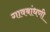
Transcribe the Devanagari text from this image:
गावबांधणी